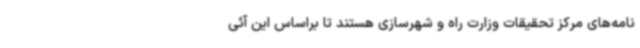
نامه‌های مرکز تحقیقات وزارت راه و شهرسازی هستند تا براساس این آئی